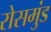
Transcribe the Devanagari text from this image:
रोसमुंड